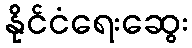
နိုင်ငံရေးဆွေး